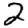
Digit: 2